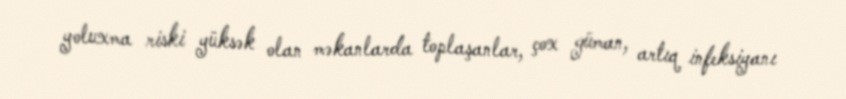
yoluxma riski yüksək olan məkanlarda toplaşanlar, çox güman, artıq infeksiyanı